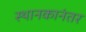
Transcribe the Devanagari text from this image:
स्थानकानंतर